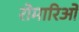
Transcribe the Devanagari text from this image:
रोमारिओ